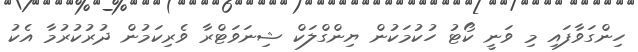
ހިންގަވާފައި މި ވަނީ ކޯޓު ހުކުމަކުން ޔިންގްލަކް ޝިނަވަޓްރާ ވެރިކަމުން ދުރުކުރުމާ އެކު